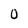
Character: O